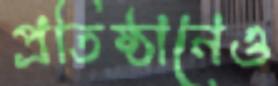
প্রতিষ্ঠানেও